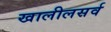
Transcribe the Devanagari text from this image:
खालीलसर्व